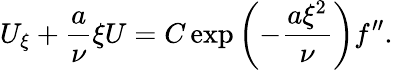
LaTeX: U_{\xi}+\frac{a}{\nu}\xi U=C\exp\left(-\frac{a\xi^{2}}{\nu}\right)f^{\prime\prime}.